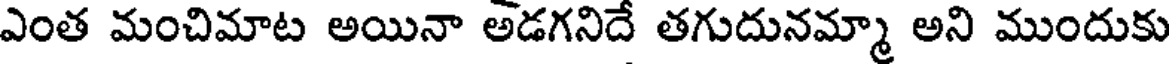
ఎంత మంచిమాట అయినా అడగనిదే తగుదునమ్మా అని ముందుకు